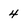
Character: 4